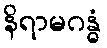
နိရာမဂန္ဓံ